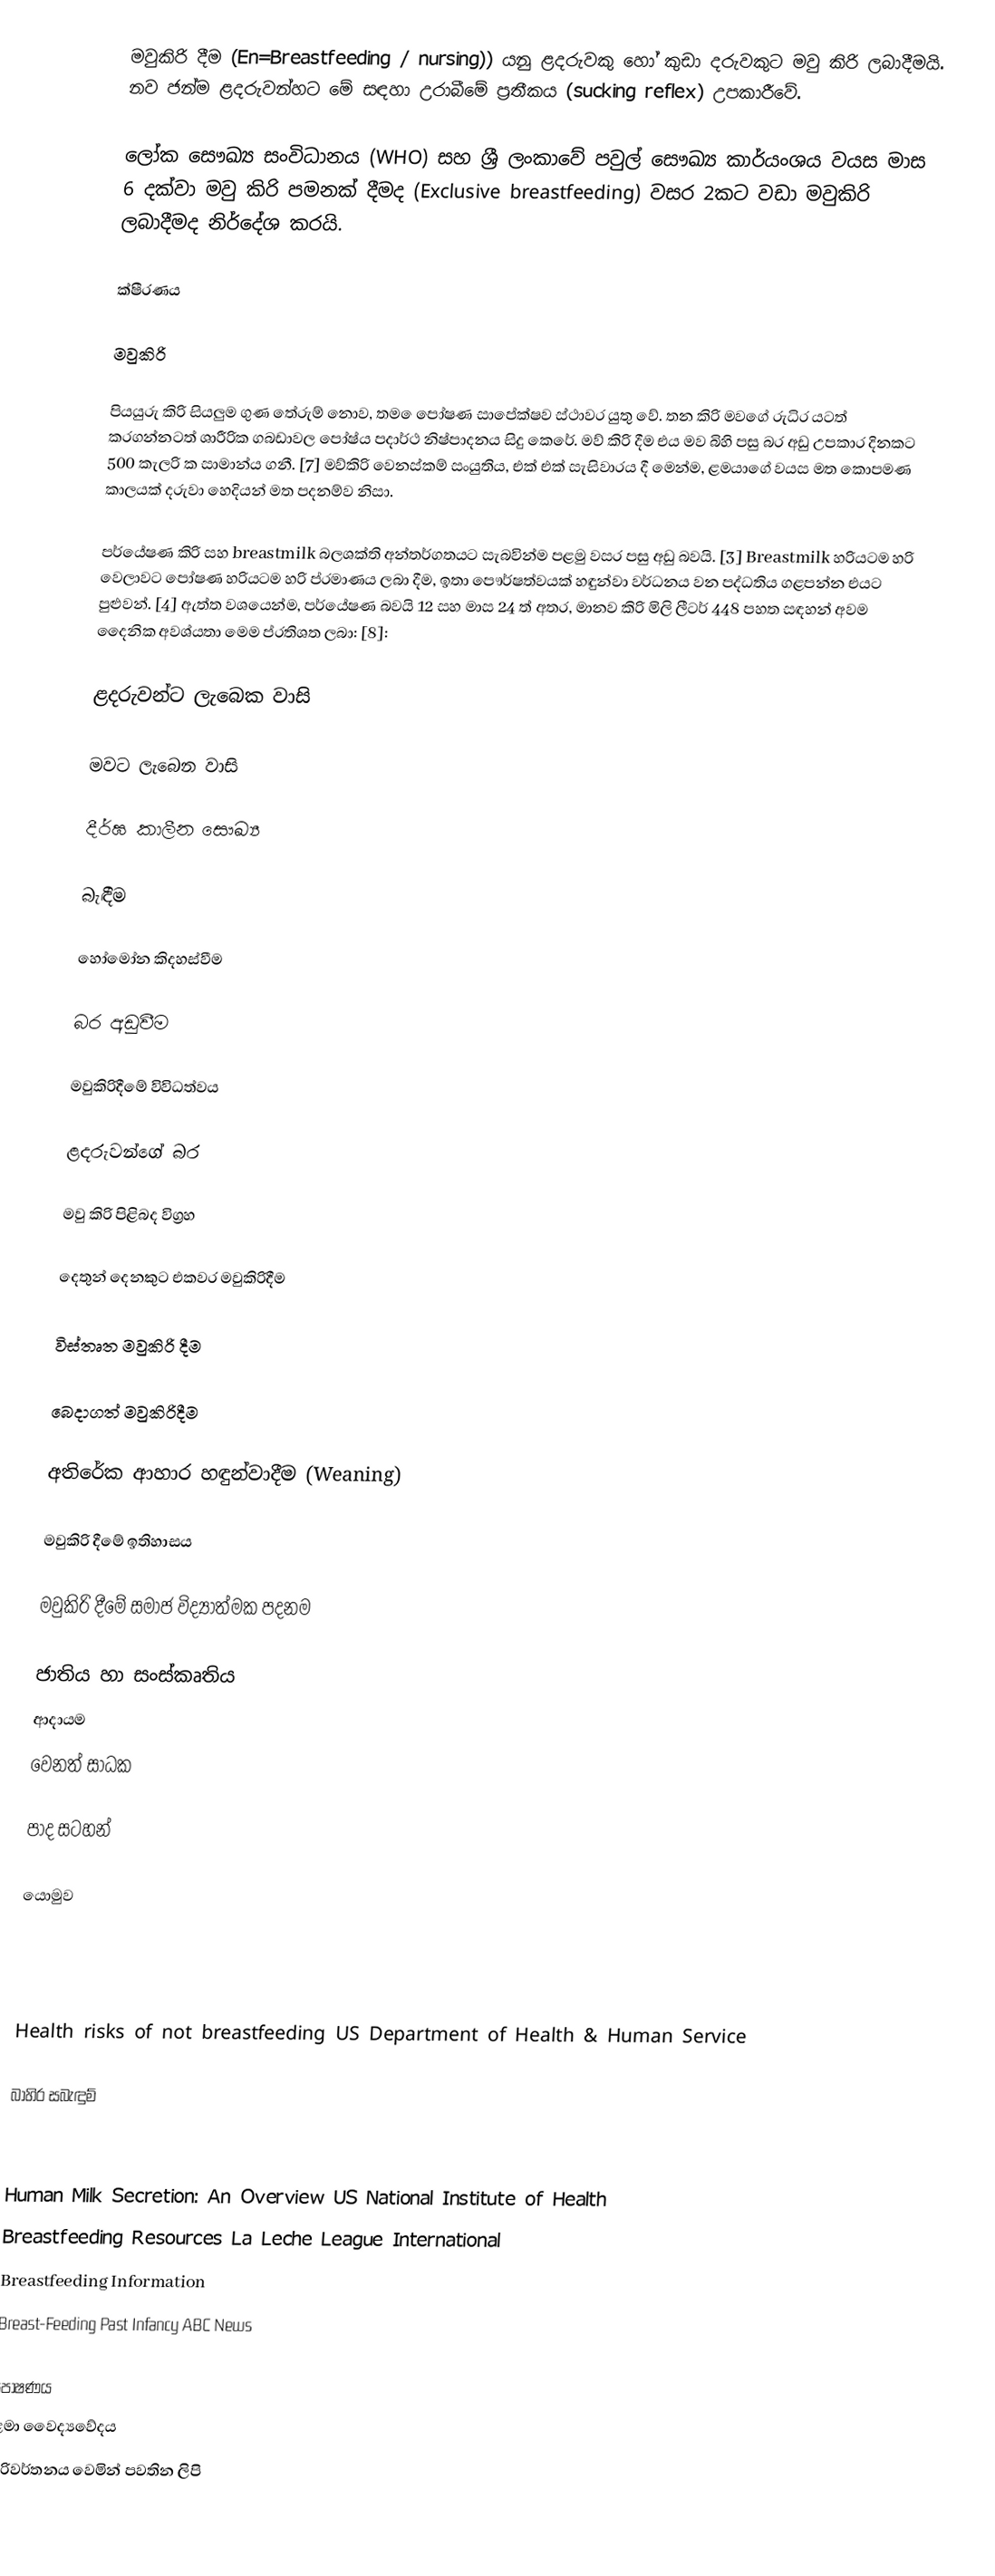
මවුකිරි දීම (En=Breastfeeding / nursing)) යනු ළදරුවකු හෝ කුඩා දරුවකුට මවු කිරි ලබාදීමයි. නව ජන්ම ළදරුවන්හට මේ සඳහා උරාබීමේ ප්‍රතීකය (sucking reflex) උපකාරීවේ.

ලෝක සෞඛ්‍ය සංවිධානය (WHO) සහ ශ්‍රී ලංකාවේ පවුල් සෞඛ්‍ය කාර්යංශය වයස මාස 6 දක්වා මවු කිරි පමනක් දීමද (Exclusive breastfeeding) වසර 2කට වඩා මවුකිරි ලබාදීමද නිර්දේශ කරයි.

ක්ෂීරණය

මවුකිරි

පියයුරු කිරි සියලුම ගුණ තේරුම් නොව, තම ෙපෝෂණ සාපේක්ෂව ස්ථාවර යුතු වේ. තන කිරි මවගේ රුධිර යටත් කරගන්නටත් ශාරීරික ගබඩාවල පෝෂ්ය පදාර්ථ නිෂ්පාදනය සිදු කෙරේ. මව් කිරි දීම එය මව බිහි පසු බර අඩු උපකාර දිනකට 500 කැලරි ක සාමාන්ය ගනී. [7] මව්කිරි වෙනස්කම් සංයුතිය, එක් එක් සැසිවාරය දී මෙන්ම, ළමයාගේ වයස මත කොපමණ කාලයක් දරුවා හෙදියන් මත පදනම්ව නිසා.

පර්යේෂණ කිරි සහ breastmilk බලශක්ති අන්තර්ගතයට සැබවින්ම පළමු වසර පසු අඩු බවයි. [3] Breastmilk හරියටම හරි වෙලාවට පෝෂණ හරියටම හරි ප්රමාණය ලබා දීම, ඉතා පෞර්ෂත්වයක් හඳුන්වා වර්ධනය වන පද්ධතිය ගළපන්න එයට පුළුවන්. [4] ඇත්ත වශයෙන්ම, පර්යේෂණ බවයි 12 සහ මාස 24 ත් අතර, මානව කිරි මිලි ලීටර් 448 පහත සඳහන් අවම දෛනික අවශ්යතා මෙම ප්රතිශත ලබා: [8]:

ළදරුවන්ට ලැබෙක වාසි

මවට ලැබෙන වාසි

දීර්ඝ කාලීන සෞඛ්‍ය

බැඳීම

හෝමෝන කිදහස්වීම

බර අඩුවීම

මවුකිරිදීමේ විවිධත්වය

ළදරුවන්ගේ බර

මවු කිරි පිළිබද විග්‍රහ

දෙතුන් දෙනකුට එකවර මවුකිරිදීම

විස්තෘත මවුකිරි දීම

බෙදාගත් මවුකිරිදීම

අතිරේක ආහාර හඳුන්වාදීම (Weaning)

මවුකිරි දීමේ ඉතිහාසය

මවුකිරි දීමේ සමාජ විද්‍යාත්මක පදනම

 ජාතිය හා සංස්කෘතිය
 ආදායම
 වෙනත් සාධක

පාද සටහන්

යොමුව

 Health risks of not breastfeeding US Department of Health & Human Service

බාහිර සබැඳුම්

 Human Milk Secretion: An Overview US National Institute of Health
 Breastfeeding Resources La Leche League International
 Breastfeeding Information
 Breast-Feeding Past Infancy ABC News

පෝෂණය
ළමා වෛද්‍යවේදය
පරිවර්තනය වෙමින් පවතින ලිපි